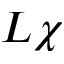
L \chi